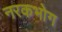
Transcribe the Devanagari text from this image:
नरकभोग